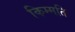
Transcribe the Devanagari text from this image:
किम्मति